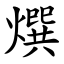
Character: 㷷